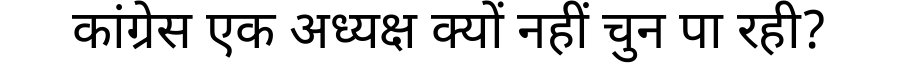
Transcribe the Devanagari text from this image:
कांग्रेस एक अध्यक्ष क्यों नहीं चुन पा रही?